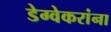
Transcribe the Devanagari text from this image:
डेग्वेकरांना